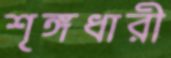
শৃঙ্গধারী